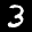
Label: 3